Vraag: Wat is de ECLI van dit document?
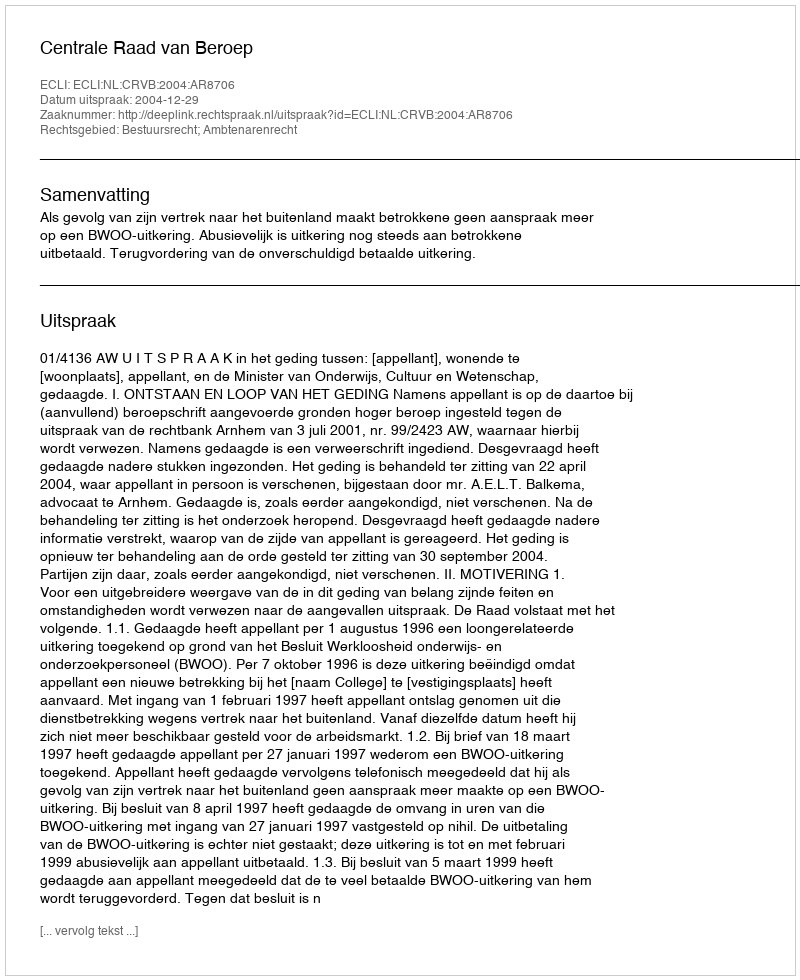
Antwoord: ECLI:NL:CRVB:2004:AR8706